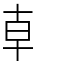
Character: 龺